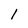
Character: l